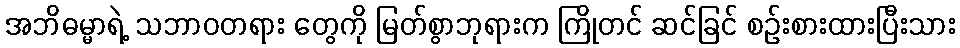
အဘိဓမ္မာရဲ့ သဘာဝတရား တွေကို မြတ်စွာဘုရားက ကြိုတင် ဆင်ခြင် စဉ်းစားထားပြီးသား